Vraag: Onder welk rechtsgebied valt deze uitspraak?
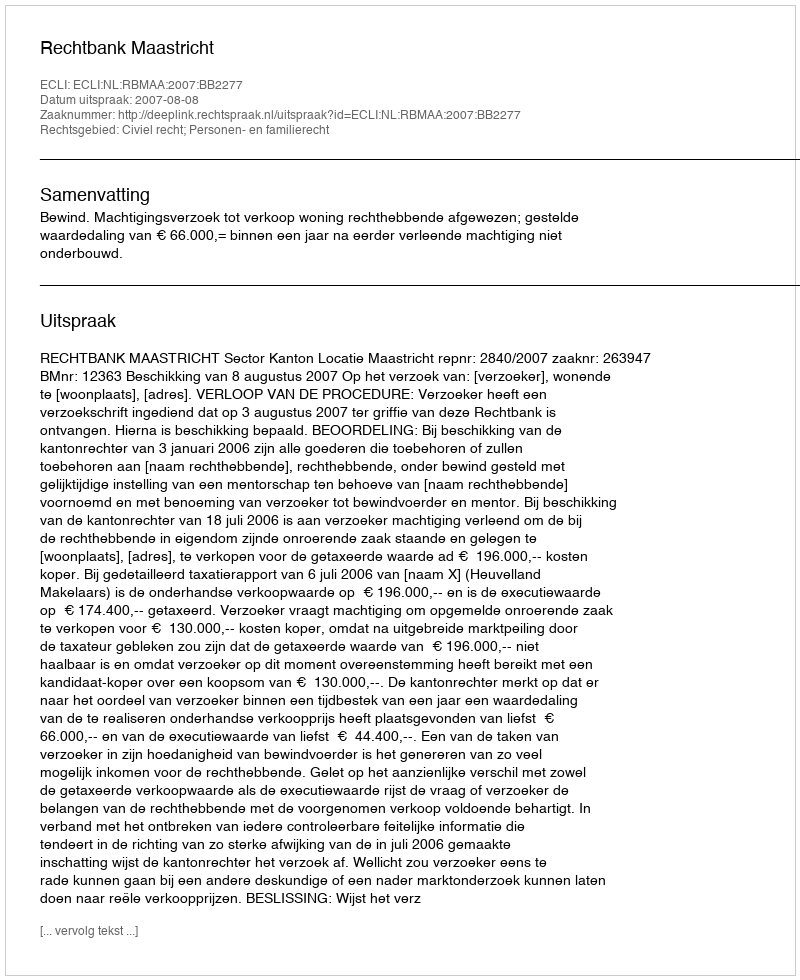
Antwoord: Civiel recht; Personen- en familierecht